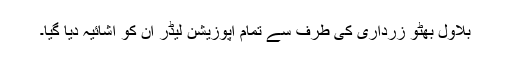
بلاول بھٹو زرداری کی طرف سے تمام اپوزیشن لیڈر ان کو اشائیہ دیا گیا۔